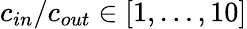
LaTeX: c_{in}/c_{out}\in[1,\dots,10]